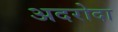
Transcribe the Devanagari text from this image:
अदरोदा